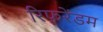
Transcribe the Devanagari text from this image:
रिफ़रेंडम